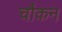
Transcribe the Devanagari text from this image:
चौकन